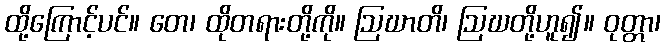
ထို့ကြောင့်ပင်။ တေ၊ ထိုတရားတို့ကို။ ဩဃာတိ၊ ဩဃတို့ဟူ၍။ ဝုတ္တာ၊